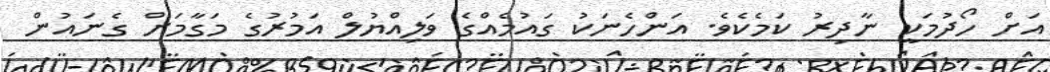
އަށް ހޯދުމަކީ ނާދިރު ކަމެކެވެ. އަންހެނަކު ގައުމެއްގެ ވަލިއްޔުލް އަަމުރުގެ މަގާމަށް ގެނައުން